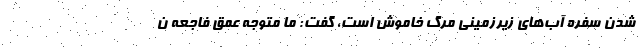
شدن سفره آب‌های زیرزمینی مرگ خاموش است، گفت: ما متوجه عمق فاجعه ن